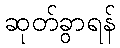
ဆုတ်ခွာရန်